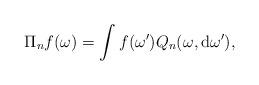
LaTeX: \begin{align*} \Pi _{n} f(\omega)=\int f(\omega') Q_{n}(\omega,\mathrm{d}\omega'),\end{align*}